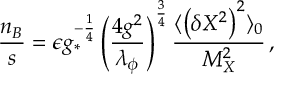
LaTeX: \frac { n _ { B } } { s } = \epsilon g _ { * } ^ { - \frac { 1 } { 4 } } \left( \frac { 4 g ^ { 2 } } { \lambda _ { \phi } } \right) ^ { \frac { 3 } { 4 } } \frac { \langle \left( \delta X ^ { 2 } \right) ^ { 2 } \rangle _ { 0 } } { M _ { X } ^ { 2 } } \, ,